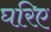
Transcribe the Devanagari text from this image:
घरिए